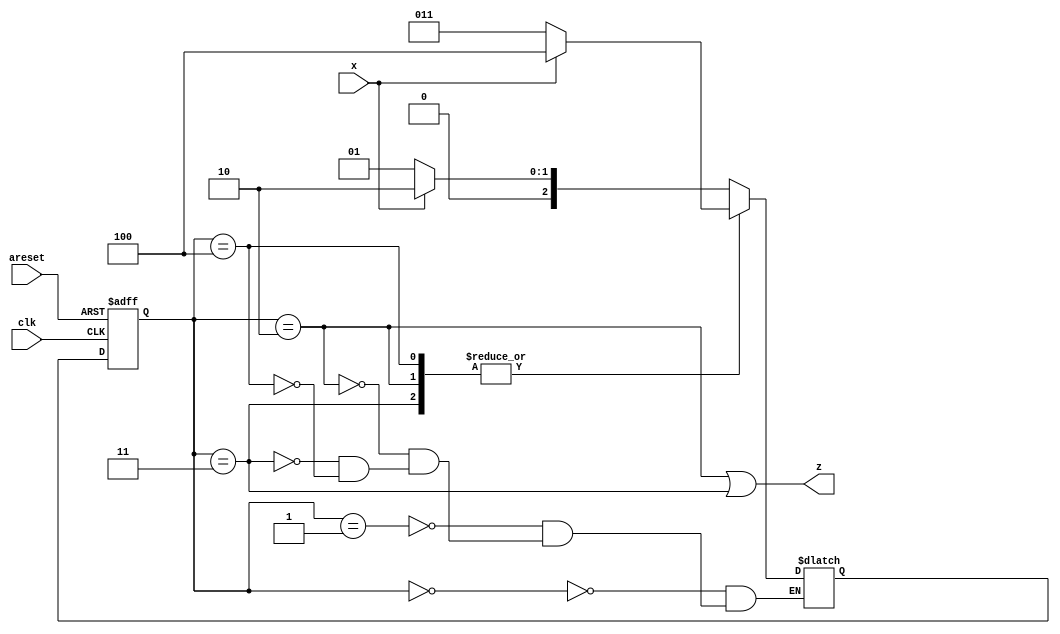
// Moore state machine

module top_module (
    input clk,
    input areset,
    input x,
    output z
); 

    reg [2:0]y ,Y;
    parameter [2:0] A = 3'd0, B = 3'd1, C = 3'd2, D = 3'd3, E = 3'd4;

    always@(*)begin
        case(y)
            A:  Y <= x ? C : B;
            B:  Y <= x ? C : B;
            C:  Y <= x ? E : D;
            D:  Y <= x ? E : D;
            E:  Y <= x ? E : D;
        endcase
    end

    always@(posedge clk, posedge areset)begin
        if(areset)
            y <= A;
        else
            y <= Y;
    end

    assign z = (y == C | y == D);

endmodule